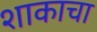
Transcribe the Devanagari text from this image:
शाकाचा